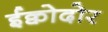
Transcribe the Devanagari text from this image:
ईक्वोदोर